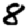
Digit: 8